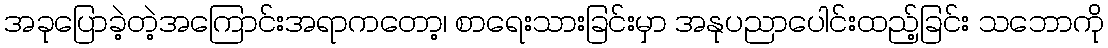
အခုပြောခဲ့တဲ့အကြောင်းအရာကတော့၊ စာရေးသားခြင်းမှာ အနုပညာပေါင်းထည့်ခြင်း သဘောကို